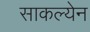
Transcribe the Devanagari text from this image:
साकल्येन